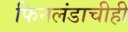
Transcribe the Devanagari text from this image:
फिनलंडाचीही